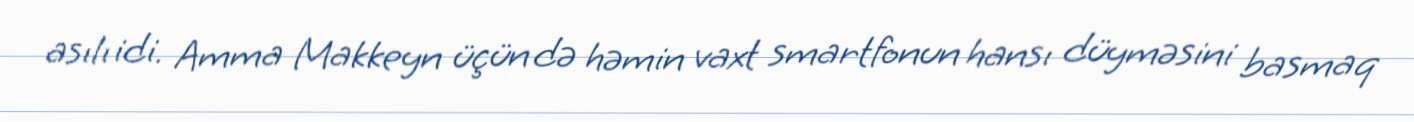
asılı idi. Amma Makkeyn üçün də həmin vaxt smartfonun hansı düyməsini basmaq